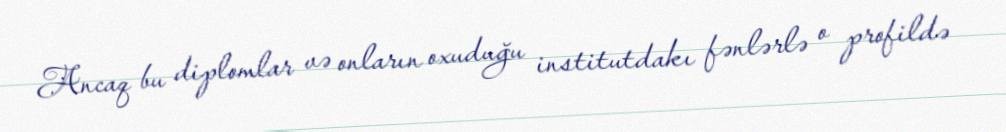
Ancaq bu diplomlar və onların oxuduğu institutdakı fənlərlə o profildə